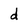
Character: d